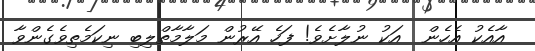
އާއެކު އެހެން  އަކު ނުލާށެވެ! ފަހެ އޭރުން މަލާމާތްލިބި ނިކަމެތިވެގެންވާ